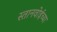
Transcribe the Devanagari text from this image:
स्तानवोईच्या